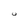
Character: U